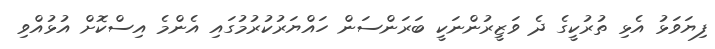
ފިޔަވަޅު އެޅި ތުރުކީގެ ދެ ވަޒީރުންނަކީ ބަރަންސަން ހައްޔަރުކުރުމުގައި އެންމެ އިސްކޮށް އުޅުއްވި